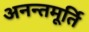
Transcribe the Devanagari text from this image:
अनन्तमूर्ति